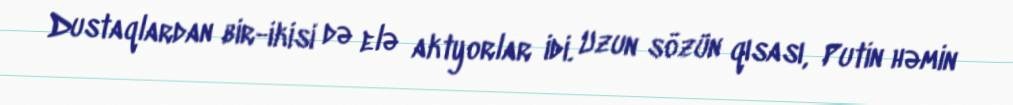
Dustaqlardan bir-ikisi də elə aktyorlar idi. Uzun sözün qısası, Putin həmin